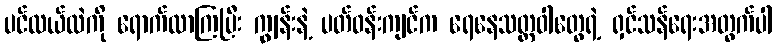
ပင်လယ်ထဲကို ရောက်လာကြပြီး ကျွန်းနဲ့ ပတ်ဝန်းကျင်က ရေနေသတ္တဝါတွေရဲ့ ရှင်သန်ရေးအတွက်ပါ